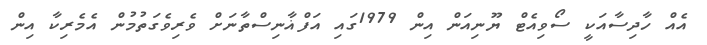
އެއް ހާދިސާއަކީ ސޯވިއެޓް ޔޫނިއަން އިން 1979ގައި އަފްޣާނިސްތާނަށް ވެރިވެގަތުމުން އެމެރިކާ އިން